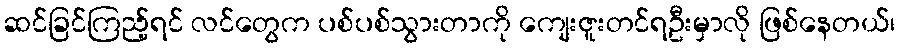
ဆင်ခြင်ကြည့်ရင် လင်တွေက ပစ်ပစ်သွားတာကို ကျေးဇူးတင်ရဦးမှာလို ဖြစ်နေတယ်၊